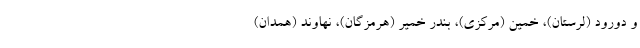
و دورود (لرستان)، خمین (مرکزی)، بندر خمیر (هرمزگان)، نهاوند (همدان)